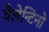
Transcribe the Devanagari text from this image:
वैलेन्टिनो